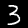
Label: 3